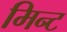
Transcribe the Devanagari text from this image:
मिन्‍ट